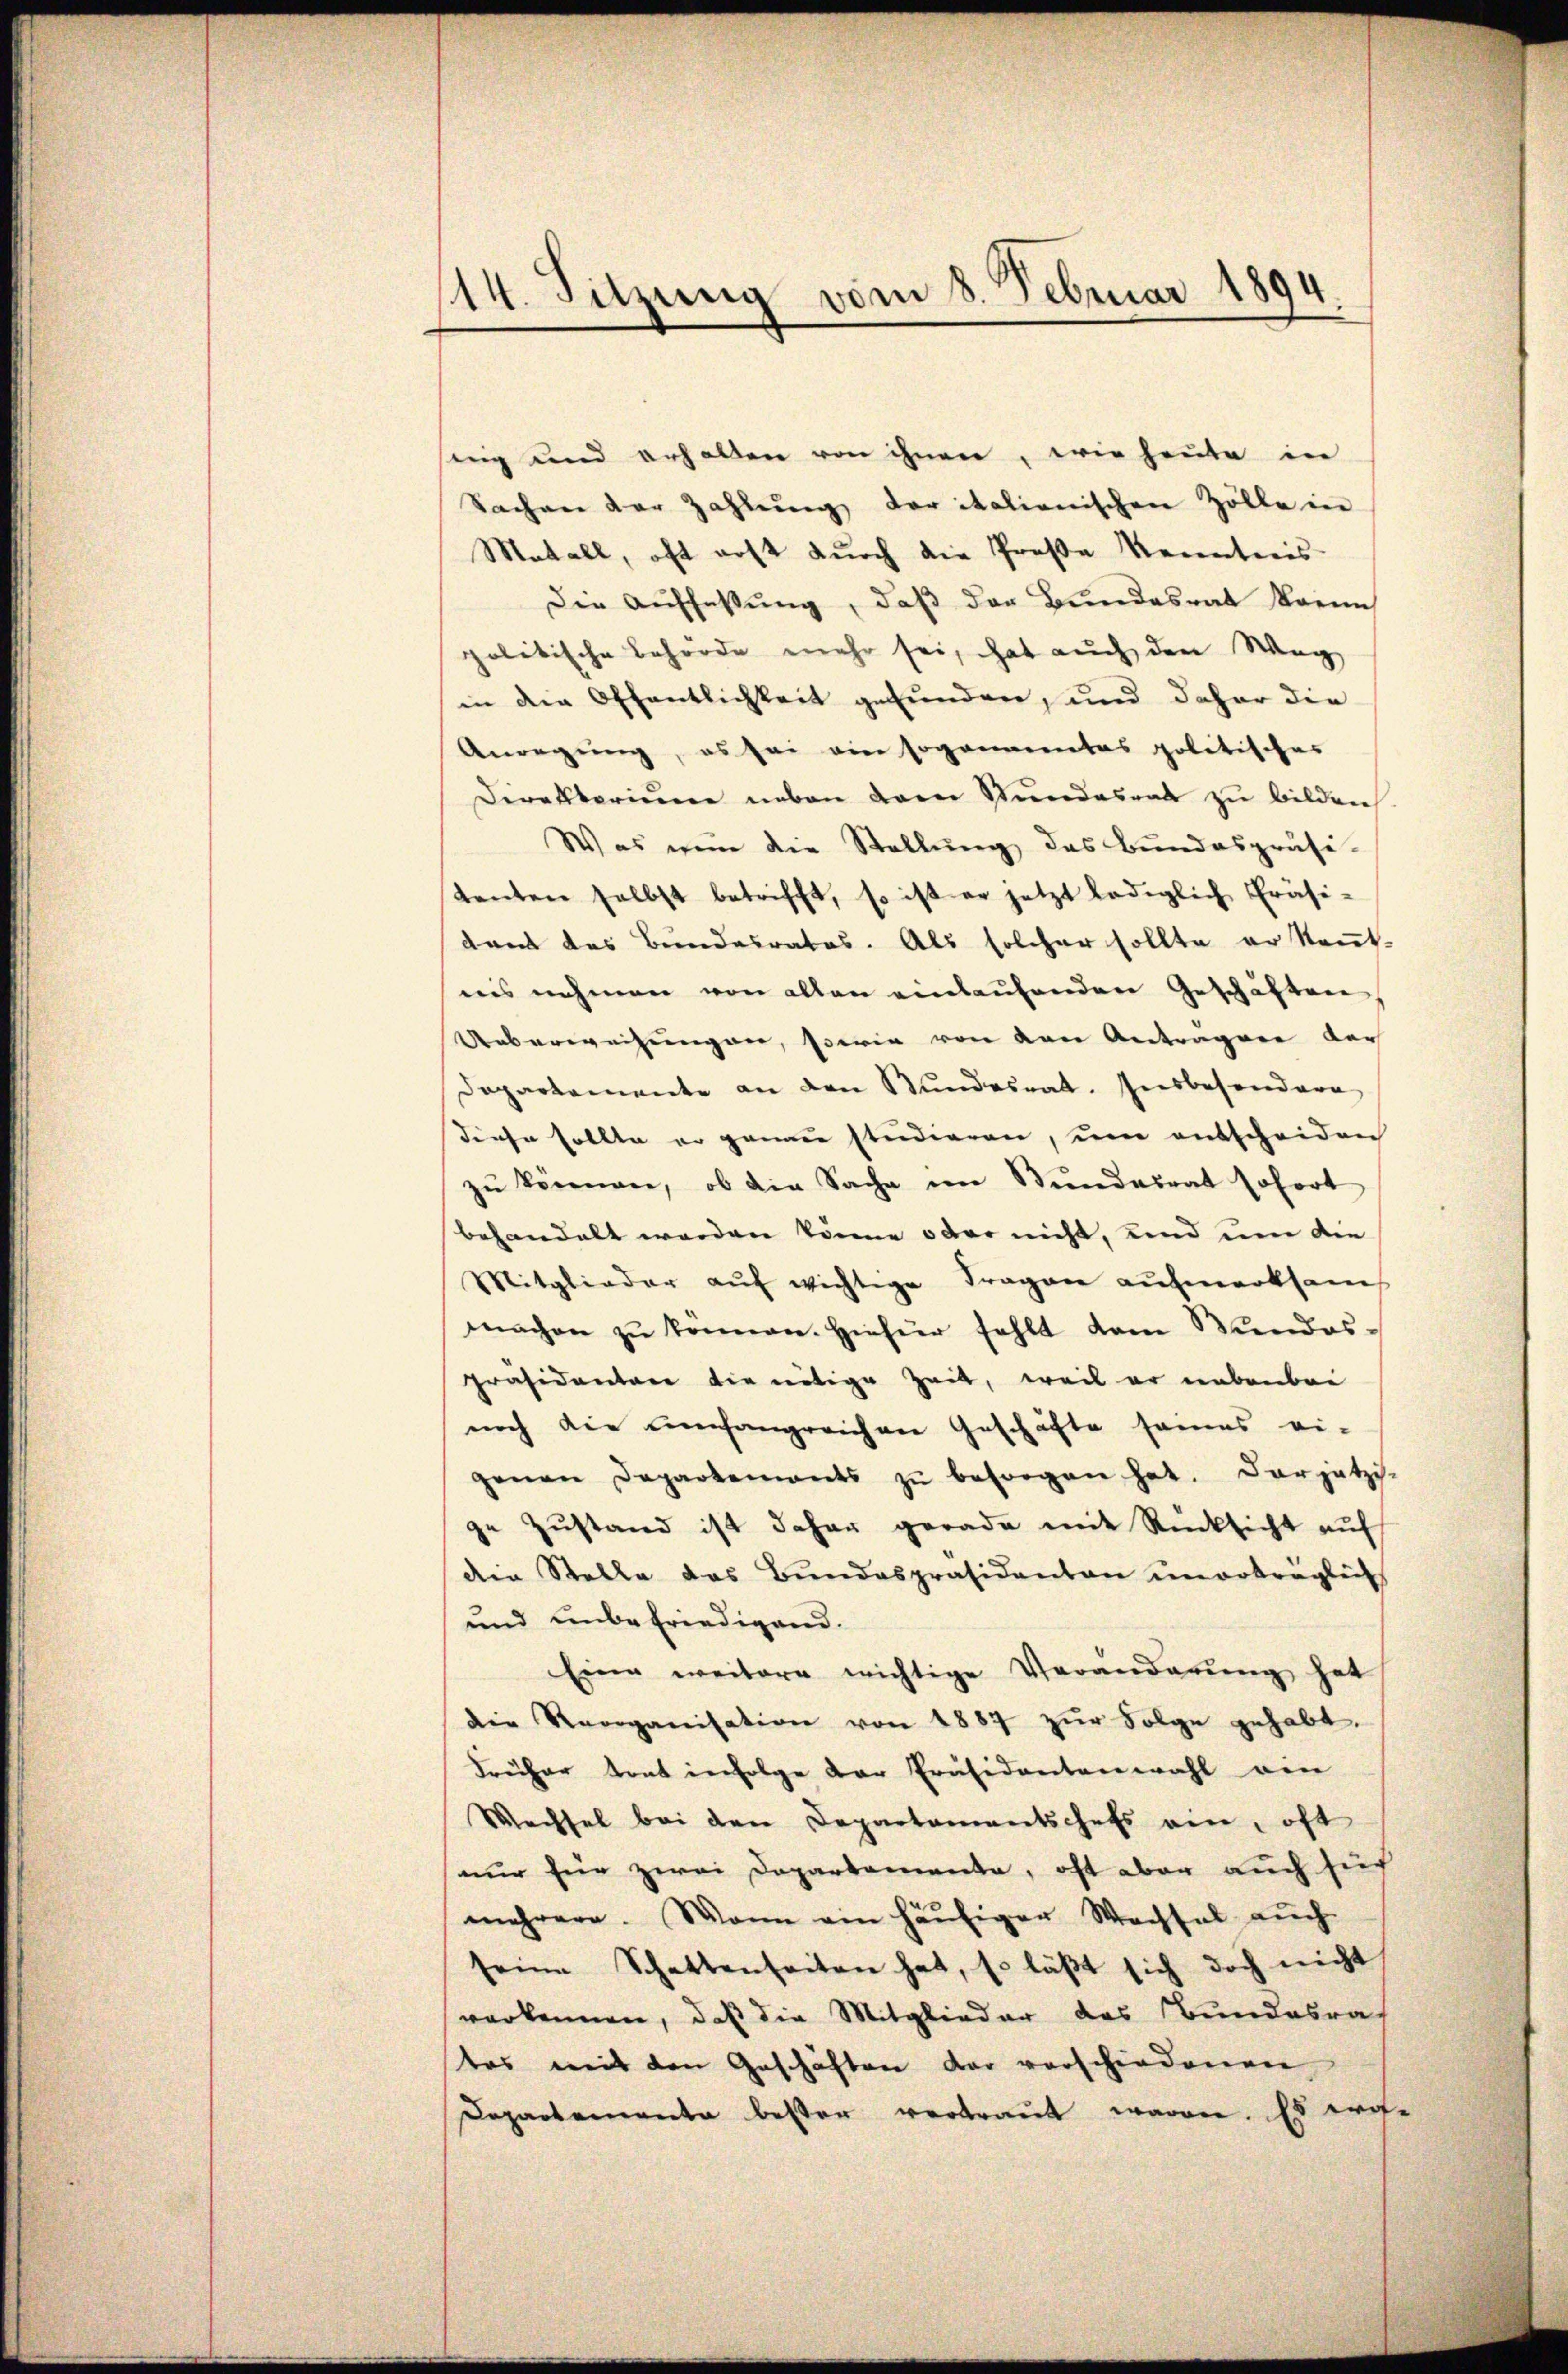
14. Sitzung vom 8. Februar 1894.

sing und erhalten von ihnen, wie heute in
Sachen der Zahlŭng der italienischen Zölle in
Motall, oft erst durch die Proße Kenntnis
Die Auffassung, daß der Bundesrat Brenn
politische Behörde mehr sei, hat auch den Weg
in die Öffentlichkeit gefunden, und daher die
Anregung, es sei ein soganantas politisches
Direktorium neben dem Stundesrat zu bilden,
Was nun die Stellŭng, das Bundespräsi-
tanten selbst betrifft, so ist er jetzt lediglich Präsi-
daus des Bundesrates. Als solcher sollte er kennt-
nis nehmen von allen einlaufenden Geschäften,
Ueberweisungen, sowie von den Antragen der
Dapartemente an den Stundesrat. Insbesondere
diese sollte er genau studieren, um entscheiden
zŭ können, ob die Sache im Bŭndesrat sofort
behandelt werden könne oder nicht, und um die
Mitglieder auf wichtige Fragen aufmerksam
machen zŭ können. Hiefür fehlt dem Bundes-
Präsidentare die nötige Zeit, weil er nebenbri
noch die umfangreichen Geschäfte seines ei-
genen Departements zŭ besorgen hat. Darjetzi-
ge Zustand ist daher gerade mit Rücksicht auf
die Stelle das Bundespräsidenten unverträglich
und unbefriedigend.
Eine weitere wichtige Veranderŭng hat
die Reorganisation von 1887 zur Folge gehabt.
Früher trat infolge der Präsidentenwahl ein
Wechsel bei den Departamentschefs ein, oft
nur für zwei Departemente, oft aber auch sich
mehrere. Wann ein häufiger Wachsel aŭch
seine Schattenseiten hat, so läβt sich doch nicht
verkennen, daß die Mitglieder das Bundesrath
tes mit den Geschäften der verschiedenen
Dapartementa bester vertraut waren. Es era-